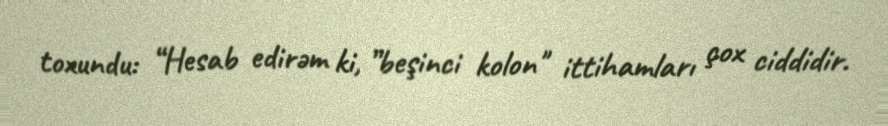
toxundu: “Hesab edirəm ki, ”beşinci kolon" ittihamları çox ciddidir.